Source: Handwritten
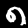
Digit: ၈ (8)